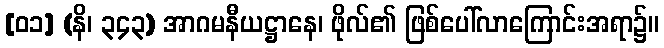
[၀၁] (နိ၊ ၃၄၃) အာဂမနီယဋ္ဌာနေ၊ ဖိုလ်၏ ဖြစ်ပေါ်လာကြောင်းအရာ၌။